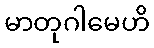
မာတုဂါမေဟိ